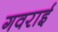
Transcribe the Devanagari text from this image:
गवराई